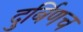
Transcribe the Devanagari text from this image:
दुर्बिणच